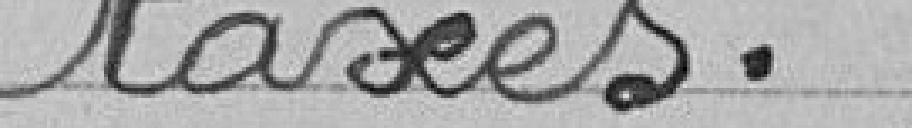
taxes.